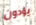
يؤدون